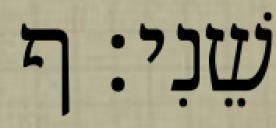
שֵׁנִי׃ ף